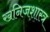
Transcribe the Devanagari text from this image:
खनिजशास्त्र